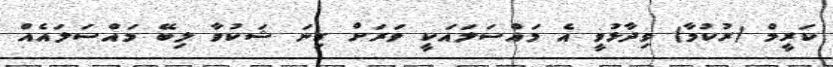
ކަރީމް (ރުކުމާ) ވިދާޅުވީ އެ މައްސަލައަކީ ވަރަށް ގިނަ ޝަކުވާ ލިބޭ މައްސަލައެއް